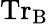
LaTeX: \mathrm{Tr}_{\mathrm{B}}